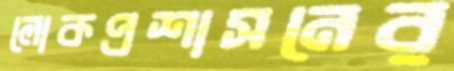
লোকপ্রশাসনের